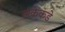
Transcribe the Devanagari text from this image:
लंकेकडे